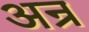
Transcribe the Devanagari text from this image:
अन्र